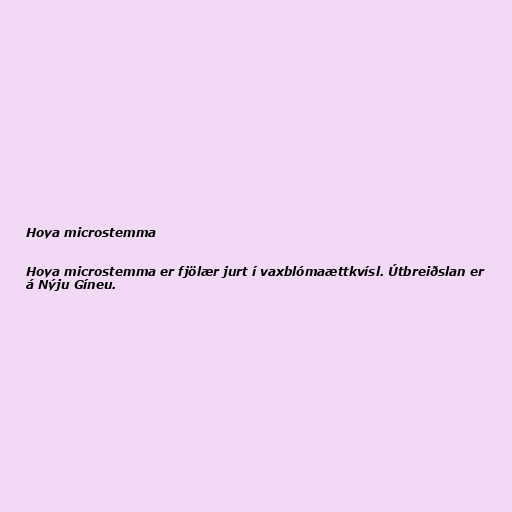
Hoya microstemma

Hoya microstemma er fjölær jurt í vaxblómaættkvísl. Útbreiðslan er
á Nýju Gíneu.